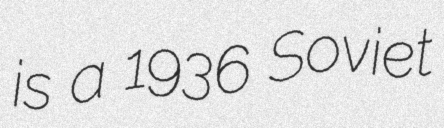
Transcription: is a 1936 Soviet